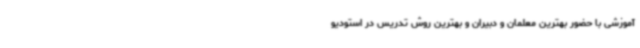
آموزشی با حضور بهترین معلمان و دبیران و بهترین روش تدریس در استودیو